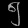
Digit: ၅